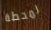
لمحطة